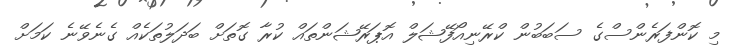
މި ކޮންފަރެންސްގެ ސަބަބުން ކްރޭނިއޯފޭޝަލް އޮޕަރޭޝަންތައް ކުރާ ގޮތަށް ބަދަލުތަކެއް ގެނެވޭނެ ކަމަށް